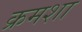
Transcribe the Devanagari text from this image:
क्रमशा